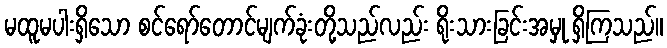
မထူမပါးရှိသော စင်ရော်တောင်မျက်ခုံးတို့သည်လည်း ရိုးသားခြင်းအမှု ရှိကြသည်။